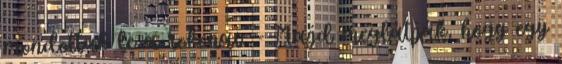
mondottak le a rokonai. - Majd meglátják, hogy egy